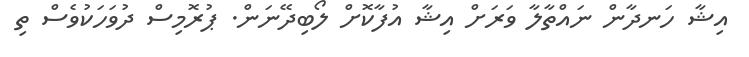
އިޝާ ހަނދާން ނައްތާލާ ވަރަށް އިޝާ އުފާކޮށް ލޯބިދޭނަން. ޕުރޮމިސް ދުވަހަކުވެސް ތި